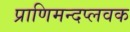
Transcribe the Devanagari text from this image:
प्राणिमन्दप्लवक